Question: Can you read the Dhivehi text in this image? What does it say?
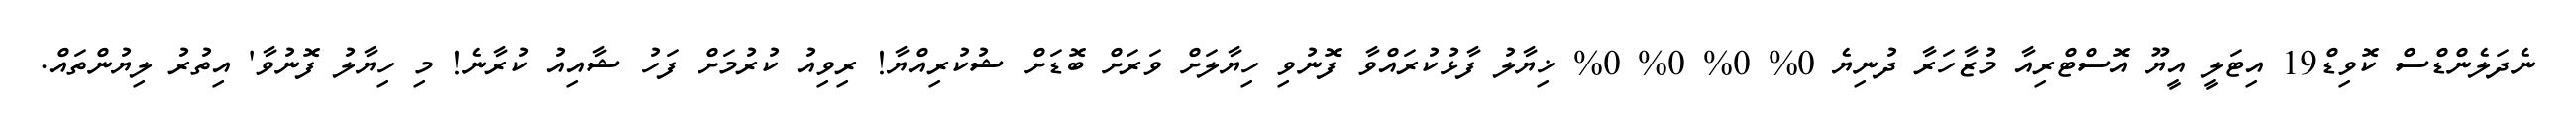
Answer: ނެދަލެންޑްސް ކޮވިޑް19 އިޓަލީ އީޔޫ އޮސްޓްރިއާ މުޒާހަރާ ދުނިޔެ 0% 0% 0% 0% ޚިޔާލު ފާޅުކުރައްވާ ފޮނުވި ހިޔާލަށް ވަރަށް ބޮޑަށް ޝުކުރިއްޔާ! ރިވިއު ކުރުމަށް ފަހު ޝާއިއު ކުރާނެ! މި ހިޔާލު ފޮނުވާ' އިތުރު ލިޔުންތައް.